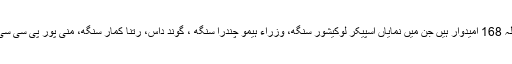
منی پور میں آج کے مرحلہ میں جملہ 168 امیدوار ہیں جن میں نمایاں اسپیکر لوکیشور سنگھ، وزراء ہیمو چندرا سنگھ ، گوند داس، رتنا کمار سنگھ، منی پور پی سی سی پریسڈنٹ ٹی این ہاؤکیپ شامل ہیں۔